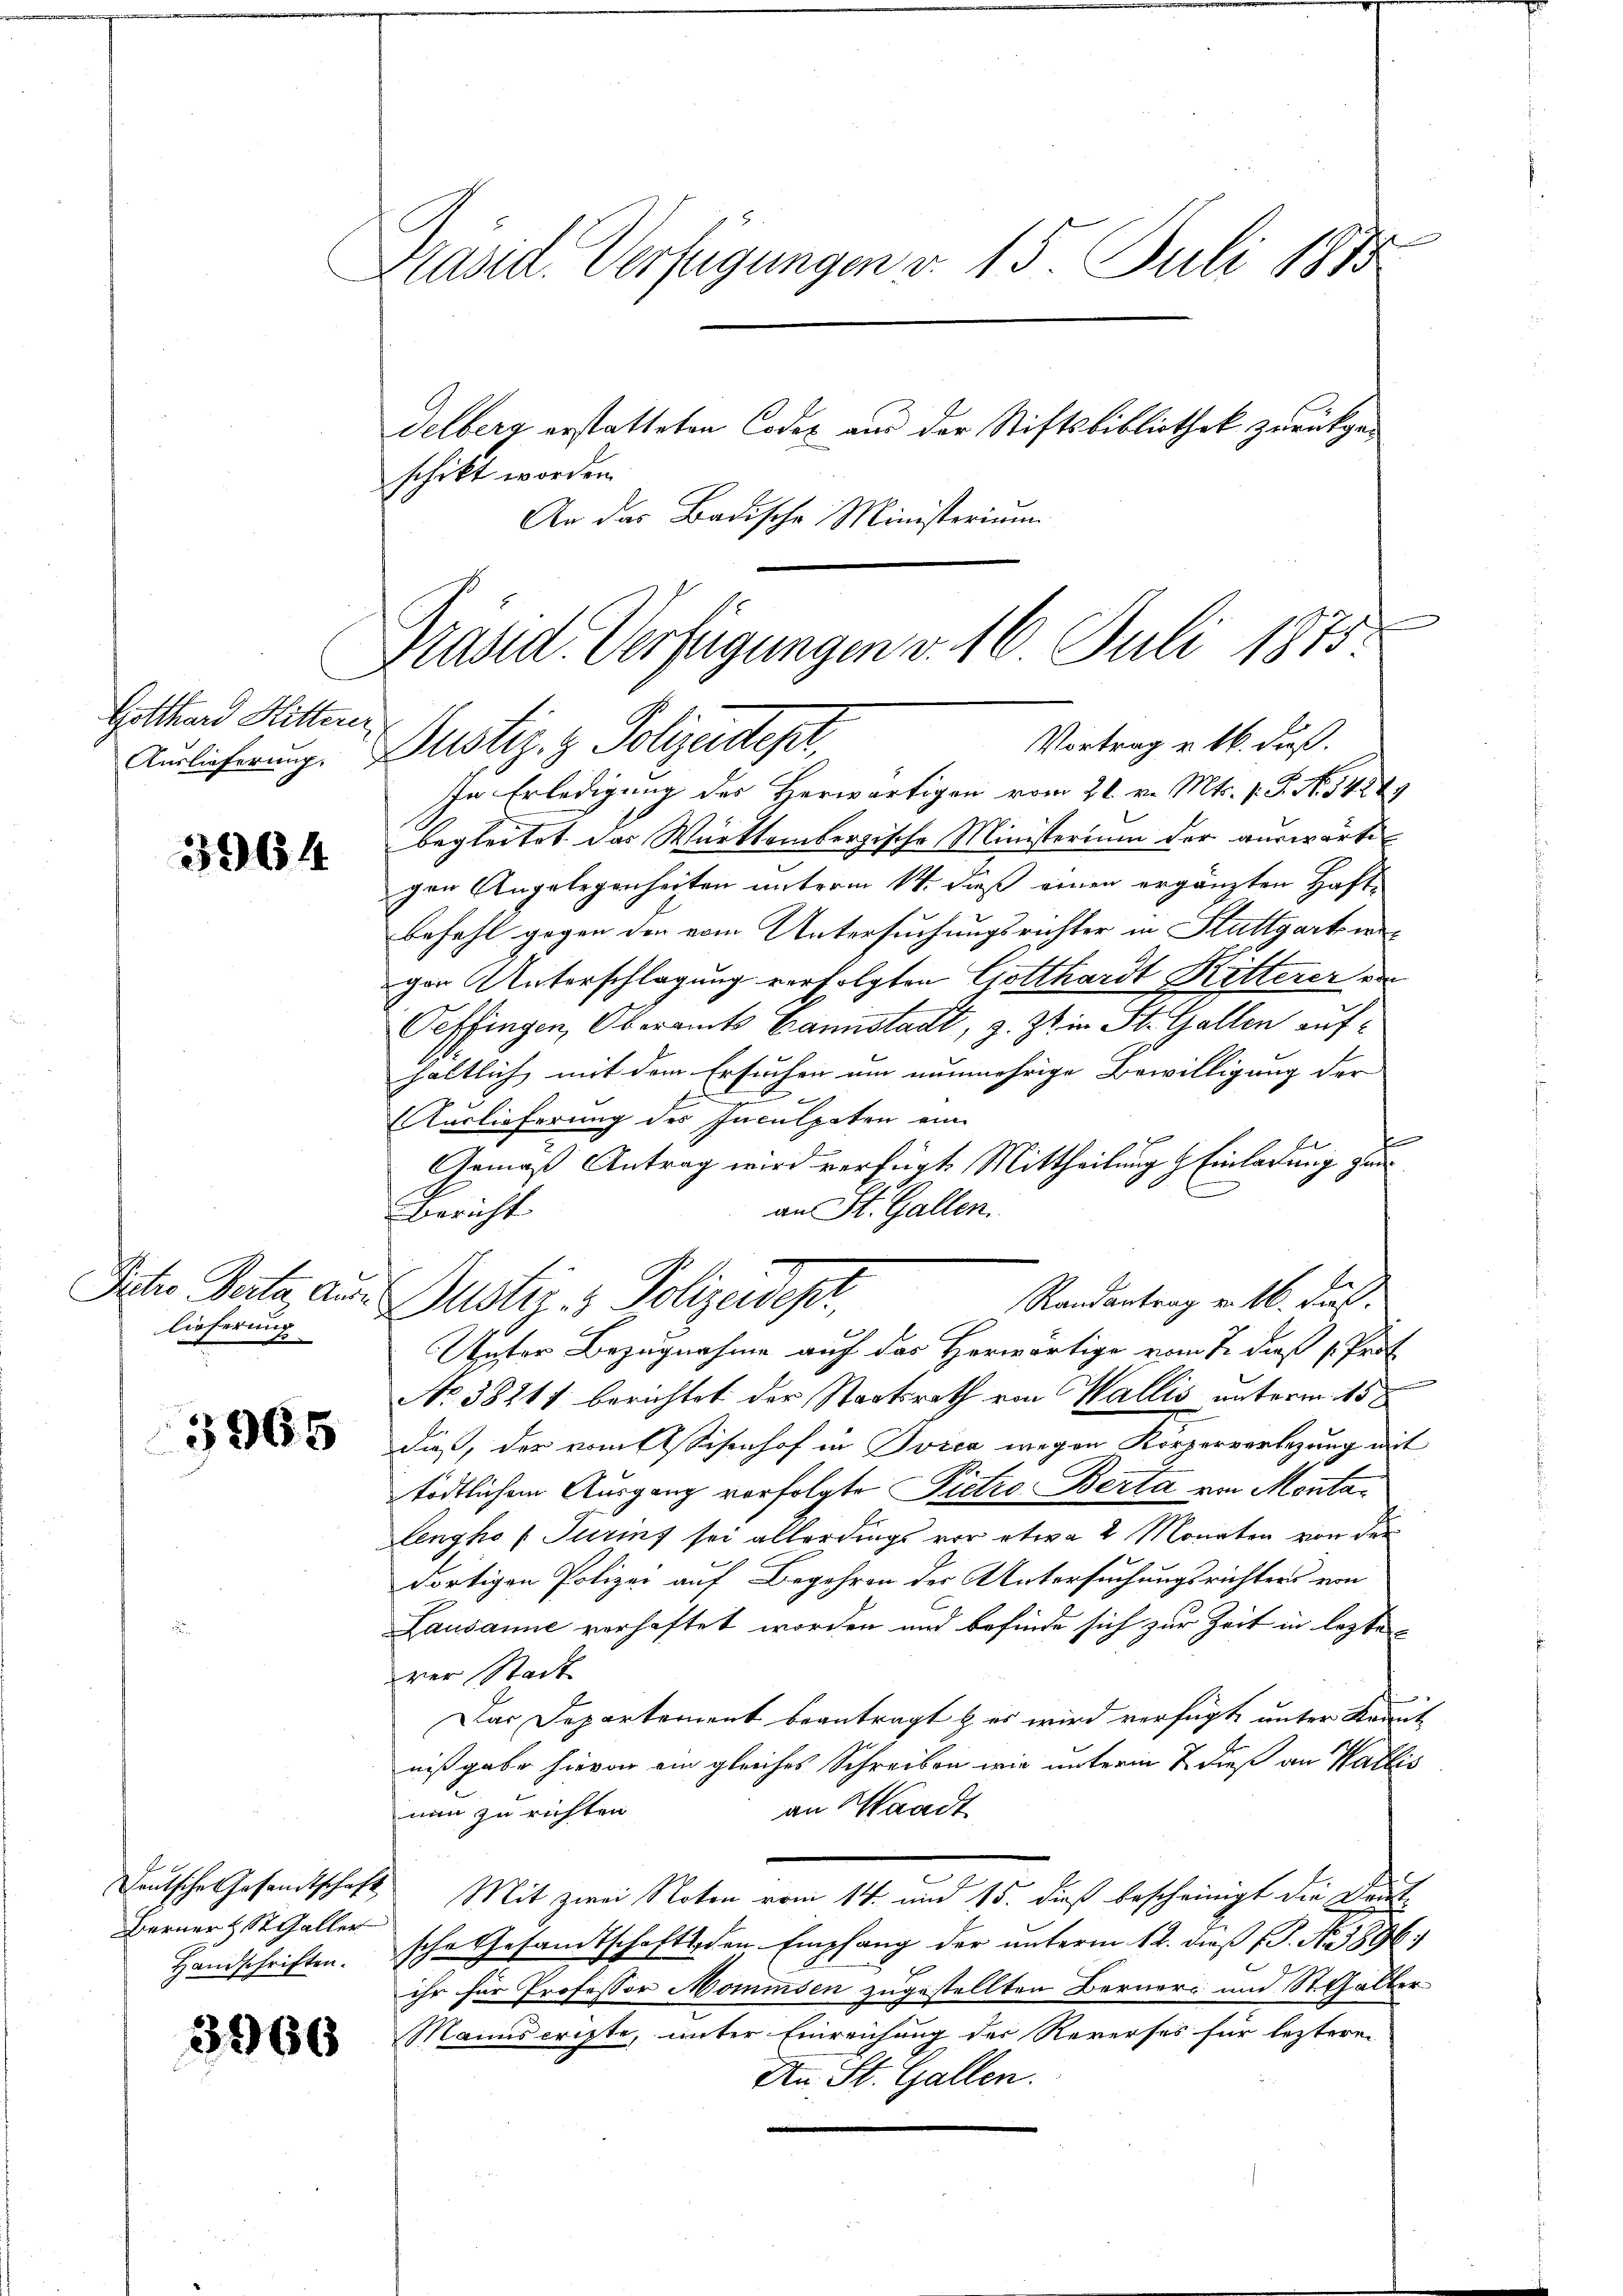
Gotthard Ritten
Auslieferung.

3964

Pictio Perta, Aus-
lieferung

3965

Berner & St. Galler
Handschriften.

3960

e
Präsid. Verfügungen v. 15. Juli 1815

Präsid. Verfügungen v. 16. Juli 1875.
Vortrag u. 16. daß
Justiz- & Polizadept.

Delberg erstatteten Codex aus der Stiftsbibliothek zurückgeschikt worden.
An das Badische Ministerium
.
In Erledigung des Herwärtigen vom 21. v. Mts. s. S. No. 54289
begleitet das Württembergische Ministerium der auswärtigen Angelegenheiten unterm 14. daß einen ergänzten Haft-
befehl gegen den vom Untersuchungsrichter in Stuttgarteie
von Unterschlagung verfolgten Gotthardt Ritterer de
Oeffingen, Oberamts Bannstadt, z. Zt. in St. Gallen aufhältlich, mit dem Ersuchen um nunmehrige Bewilligung der
Auslieferung des Inculpaten ein
f
.
Gemäß Antrag wird verfügt. Mittheilung & Einladung zur
an St. Gallen.
Bericht
Randantrag v. 16. dus.
Justiz & Polizeidest.
Unter Bezugnahme auf das Horwärtige vom 7. dieß (Prot
No 38211 berichtet der Staatsrath von Wallis unterm 15t
daß, der vom Abstisenhof in Svica wegen Körpervertigung mit
tödtlichem Ausgang vorfolgte Pietro Berta von Monta¬
Lengho (Turins sei allerdings vor etwa 2 Monaten von der
dortigen Polizei auf Begehren der Untersuchungsrichters von
Lausanne verhaftet worden und befinde sich zur Zeit in lezte
ver Stadt
d
Das Departement beantragt & es wird verfügt unter Krant
nißgabe hievon ein gleiches Schreiben wir unterm 7 dieß an Wallis
an Waadt
nun zu richten.
Deutsche Gesandtschaft Mit zwei Noten vom 14. und 15. dieß bescheinigt die Deut
sche Gesandtschaftsden Empfang der unterm 12. dieß (. N. 3896)
ihr für Professor Mommsen zugestellten Berner- und St. Galler
Manuscripte, unter Einreichung der Reverses für lezteren
An St. Gallen.